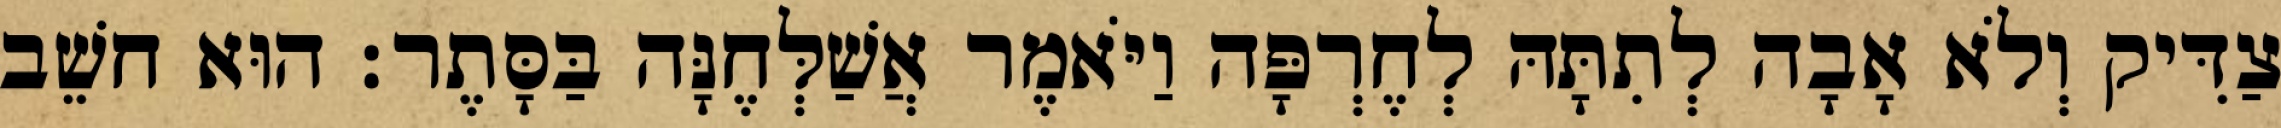
צַדִּיק וְלֹא אָבָה לְתִתָּהּ לְחֶרְפָּה וַיֹּאמֶר אֲשַׁלְּחֶנָּה בַּסָּתֶר׃ הוּא חשֵׁב